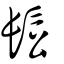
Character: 䯳